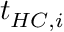
t _ { H C , i }